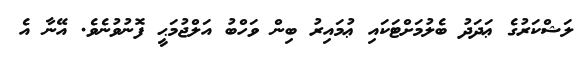
ލަޝްކަރުގެ ޢަދަދު ބެލުމަށްޓަކައި ޢުމައިރު ބިން ވަހްބު އަލްޖުމަޙީ ފޮނުވުނެވެ. އޭނާ އެ